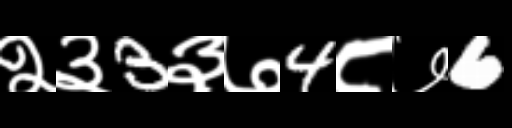
Text: २३3३७4८७6